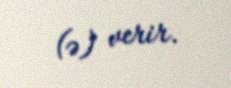
(ə) verir.